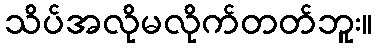
သိပ်အလိုမလိုက်တတ်ဘူး။